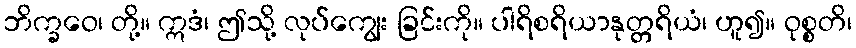
ဘိက္ခဝေ၊ တို့။ ဣဒံ၊ ဤသို့ လုပ်ကျွေး ခြင်းကို။ ပါရိစရိယာနုတ္တရိယံ၊ ဟူ၍။ ဝုစ္စတိ၊